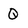
Character: Q